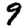
Digit: 9